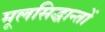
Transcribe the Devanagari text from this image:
मूलसिद्धान्‍तों